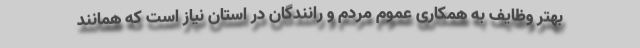
بهتر وظایف به همکاری عموم مردم و رانندگان در استان نیاز است که همانند